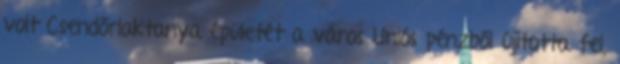
volt Csendőrlaktanya épületét a város Uniós pénzből újította fel,